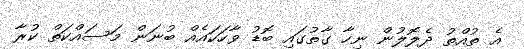
އެ ތުއްތު ދެލޮލުން ނިހާ ގާތުގައި ބޮޑު ވާހަކައެއް ބުނަން މަސައްކަތް ކުރާ